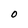
Character: O